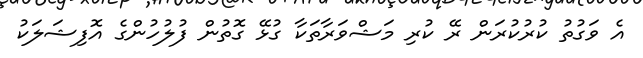
އެ ވަގުތު ކުރުކުރަން ރޭ ކުރި މަޝްވަރާތަކާ ގުޅޭ ގޮތުން ފުލުހުންގެ އޮފިޝަލަކު